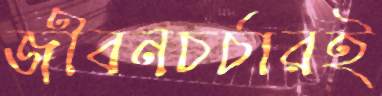
জীবনচর্চারই